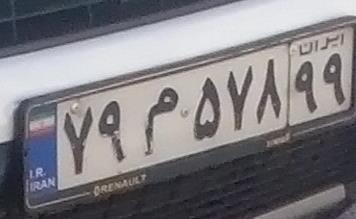
۷۹م۵۷۸۹۹